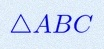
\triangle ABC